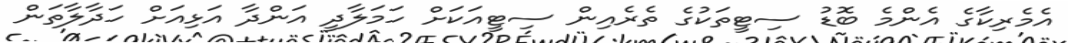
އެމެރިކާގެ އެންމެ ބޮޑު ސިޓީތަކުގެ ތެރެއިން ސިޓީއަކަށް ހަމަލާދީ އަންދާ އަޅިއަށް ހަދާލާތަން